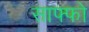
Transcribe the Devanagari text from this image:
साफ्फो